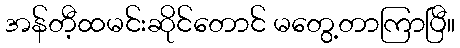
အန်တီ့ထမင်းဆိုင်တောင် မတွေ့တာကြာပြီ။